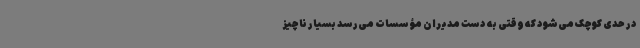
در حدی کوچک می‌شود که وقتی به دست مدیران مؤسسات می‌رسد بسیار ناچیز